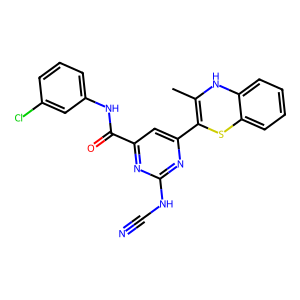
SMILES: CC1=C(c2cc(C(=O)Nc3cccc(Cl)c3)nc(NC#N)n2)Sc2ccccc2N1
Inhibits HIV replication: No